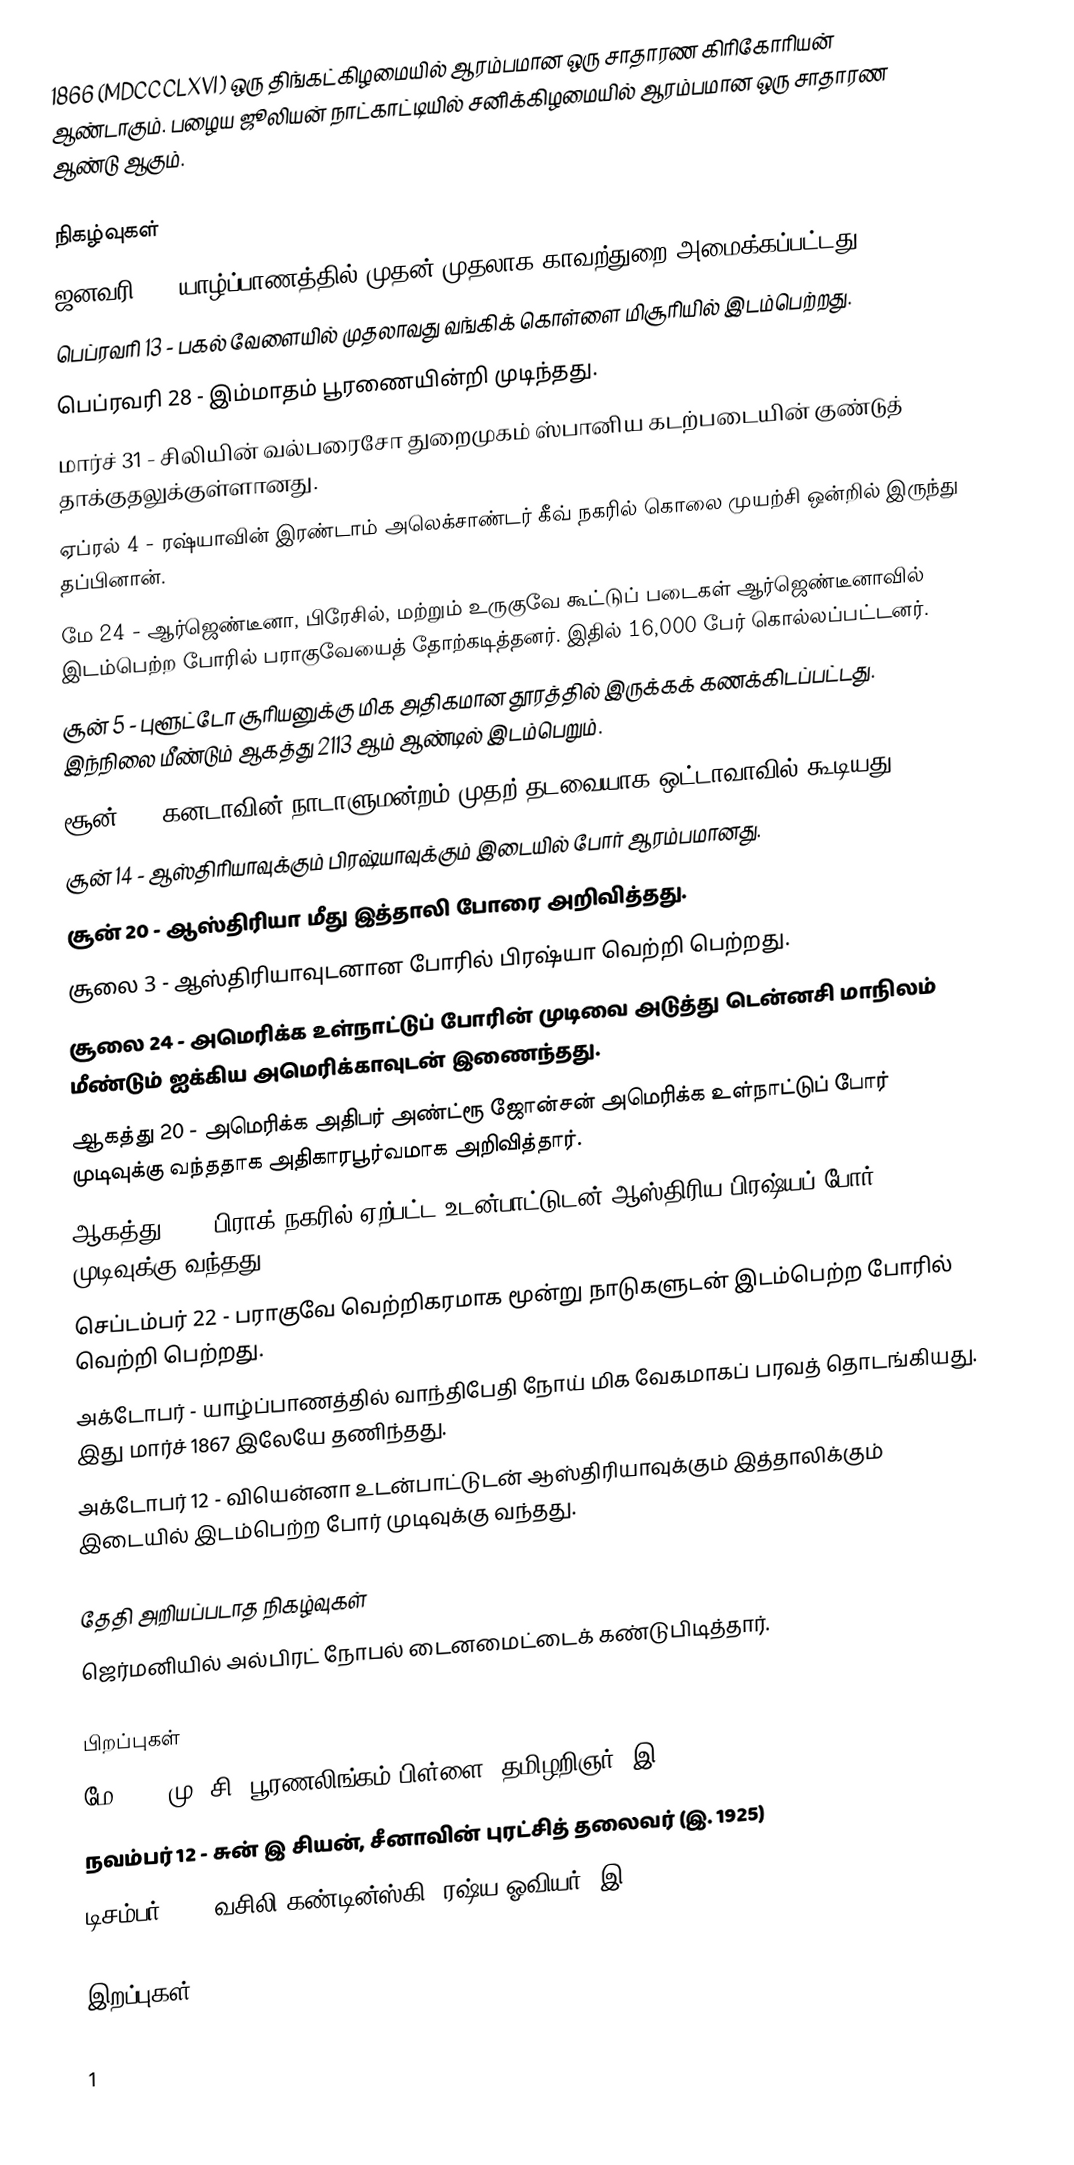
1866  (MDCCCLXVI) ஒரு திங்கட்கிழமையில் ஆரம்பமான ஒரு சாதாரண கிரிகோரியன் ஆண்டாகும். பழைய ஜூலியன் நாட்காட்டியில் சனிக்கிழமையில் ஆரம்பமான ஒரு சாதாரண ஆண்டு ஆகும்.

நிகழ்வுகள்
 ஜனவரி 1 - யாழ்ப்பாணத்தில் முதன் முதலாக காவற்துறை அமைக்கப்பட்டது.
 பெப்ரவரி 13 - பகல் வேளையில் முதலாவது வங்கிக் கொள்ளை மிசூரியில் இடம்பெற்றது.
 பெப்ரவரி 28 - இம்மாதம் பூரணையின்றி முடிந்தது.
 மார்ச் 31 - சிலியின் வல்பரைசோ துறைமுகம் ஸ்பானிய கடற்படையின் குண்டுத் தாக்குதலுக்குள்ளானது.
 ஏப்ரல் 4 - ரஷ்யாவின் இரண்டாம் அலெக்சாண்டர் கீவ் நகரில் கொலை முயற்சி ஒன்றில் இருந்து தப்பினான்.
 மே 24 - ஆர்ஜெண்டீனா, பிரேசில், மற்றும் உருகுவே கூட்டுப் படைகள் ஆர்ஜெண்டீனாவில் இடம்பெற்ற போரில் பராகுவேயைத் தோற்கடித்தனர். இதில் 16,000 பேர் கொல்லப்பட்டனர்.
 சூன் 5 - புளூட்டோ சூரியனுக்கு மிக அதிகமான தூரத்தில் இருக்கக் கணக்கிடப்பட்டது. இந்நிலை மீண்டும் ஆகத்து 2113 ஆம் ஆண்டில் இடம்பெறும்.
 சூன் 8 - கனடாவின் நாடாளுமன்றம் முதற் தடவையாக ஒட்டாவாவில் கூடியது.
 சூன் 14 - ஆஸ்திரியாவுக்கும் பிரஷ்யாவுக்கும் இடையில் போர் ஆரம்பமானது.
 சூன் 20 - ஆஸ்திரியா மீது இத்தாலி போரை அறிவித்தது.
 சூலை 3 - ஆஸ்திரியாவுடனான போரில் பிரஷ்யா வெற்றி பெற்றது.
 சூலை 24 - அமெரிக்க உள்நாட்டுப் போரின் முடிவை அடுத்து டென்னசி மாநிலம் மீண்டும் ஐக்கிய அமெரிக்காவுடன் இணைந்தது.
 ஆகத்து 20 - அமெரிக்க அதிபர் அண்ட்ரூ ஜோன்சன் அமெரிக்க உள்நாட்டுப் போர் முடிவுக்கு வந்ததாக அதிகாரபூர்வமாக அறிவித்தார்.
 ஆகத்து 23 - பிராக் நகரில் ஏற்பட்ட உடன்பாட்டுடன் ஆஸ்திரிய-பிரஷ்யப் போர் முடிவுக்கு வந்தது.
 செப்டம்பர் 22 - பராகுவே வெற்றிகரமாக மூன்று நாடுகளுடன் இடம்பெற்ற போரில் வெற்றி பெற்றது.
 அக்டோபர் - யாழ்ப்பாணத்தில் வாந்திபேதி நோய் மிக வேகமாகப் பரவத் தொடங்கியது. இது மார்ச் 1867 இலேயே தணிந்தது.
 அக்டோபர் 12 - வியென்னா உடன்பாட்டுடன் ஆஸ்திரியாவுக்கும் இத்தாலிக்கும் இடையில் இடம்பெற்ற போர் முடிவுக்கு வந்தது.

தேதி அறியப்படாத நிகழ்வுகள்
 ஜெர்மனியில் அல்பிரட் நோபல் டைனமைட்டைக் கண்டுபிடித்தார்.

பிறப்புகள்
 மே 25 - மு. சி. பூரணலிங்கம் பிள்ளை, தமிழறிஞர் (இ. 1947)
 நவம்பர் 12 - சுன் இ சியன், சீனாவின் புரட்சித் தலைவர் (இ. 1925)
 டிசம்பர் 16 - வசிலி கண்டின்ஸ்கி, ரஷ்ய ஓவியர் (இ. 1944)

இறப்புகள்

1